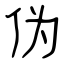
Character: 伪